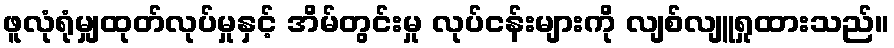
ဖူလုံရုံမျှထုတ်လုပ်မှုနှင့် အိမ်တွင်းမှု လုပ်ငန်းများကို လျစ်လျူရှုထားသည်။